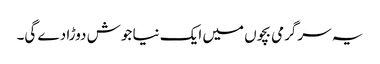
یہ سرگرمی بچوں میں ایک نیا جوش دوڑا دے گی۔